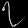
Digit: ၇